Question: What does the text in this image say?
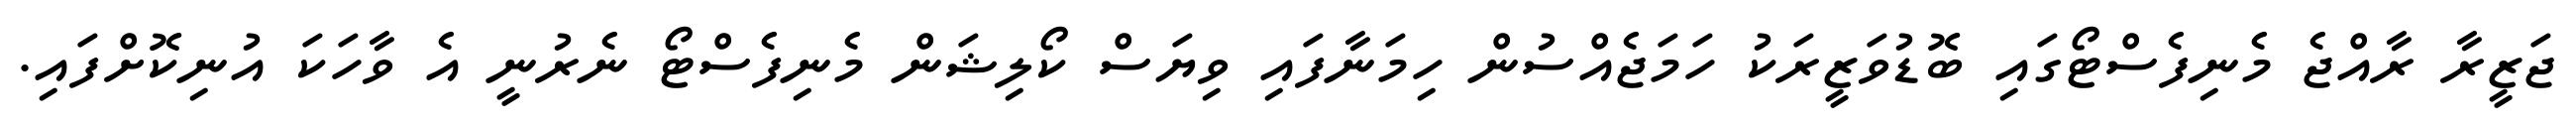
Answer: ޖަޒީރާ ރާއްޖެ މެނިފެސްޓޯގައި ބޮޑުވަޒީރަކު ހަމަޖެއްސުން ހިމަނާފައި ވިޔަސް ކޯލިޝަން މެނިފެސްޓޯ ނެރުނީ އެ ވާހަކަ އުނިކޮށްފައި.